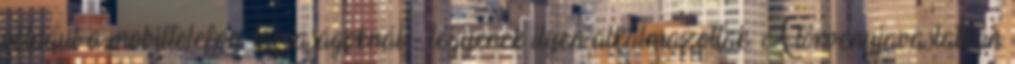
például a mobiltelefon-társaságoknál - legyenek ilyen alkalmazottak. A törvényjavaslatban